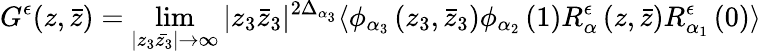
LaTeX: G^{\epsilon}(z,\bar{z})=\operatorname*{lim}_{|z_{3}\bar{z_{3}}|\rightarrow\infty}|z_{3}\bar{z}_{3}|^{2\Delta_{\alpha_{3}}}\langle\phi_{\alpha_{3}}\left(z_{3},\bar{z}_{3}\right)\phi_{\alpha_{2}}\left(1\right)R_{\alpha}^{\epsilon}\left(z,\bar{z}\right)R_{\alpha_{1}}^{\epsilon}\left(0\right)\rangle